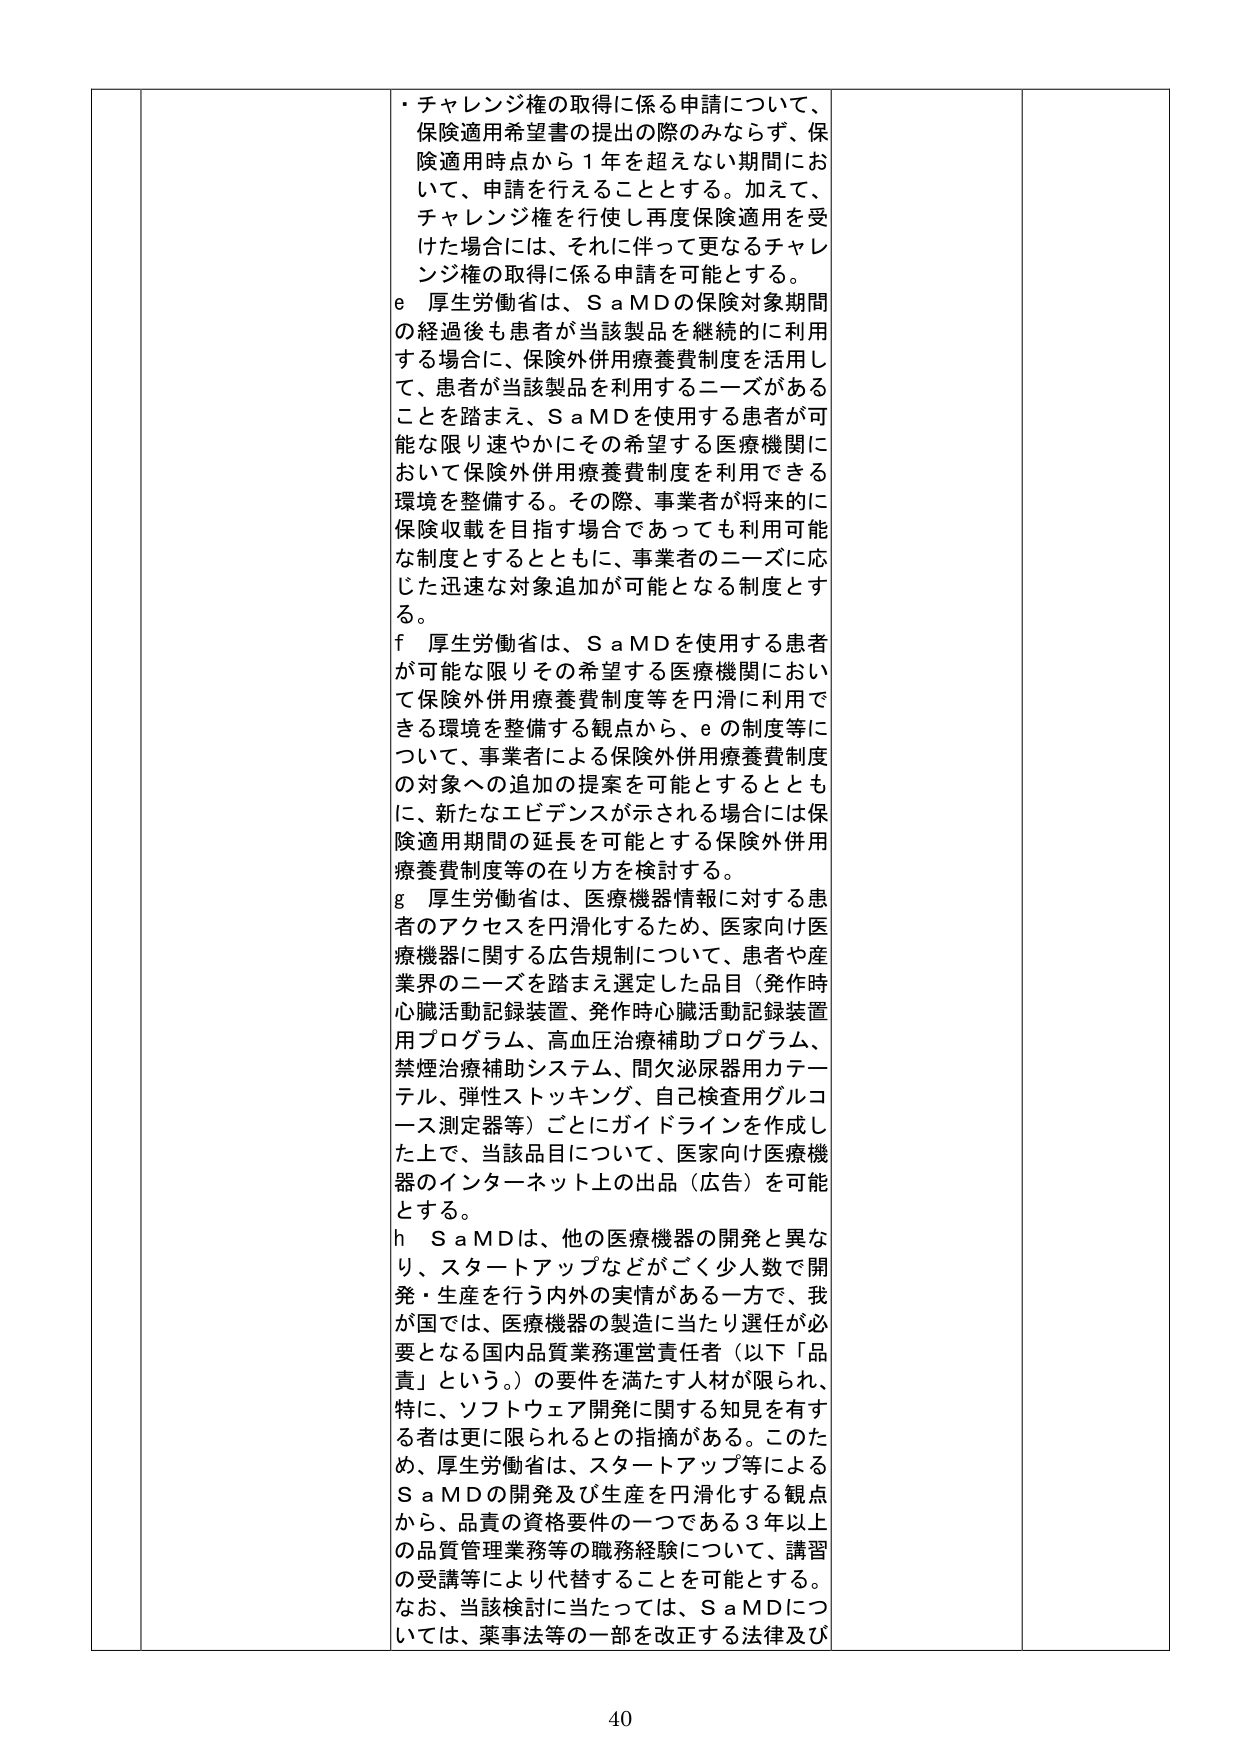
・チャレンジ権の取得に係る申請について、
保険適用希望書の提出の際のみならず、保険適用時点から１年を超えない期間において、申請を行えることとする。加えて、チャレンジ権を行使し再度保険適用を受けた場合には、それに伴って更なるチャレンジ権の取得に係る申請を可能とする。

e 厚生労働省は、ＳａＭＤの保険対象期間の経過後も患者が当該製品を継続的に利用する場合に、保険外併用療養費制度を活用して、患者が当該製品を利用するニーズがあることを踏まえ、ＳａＭＤを使用する患者が可能な限り速やかにその希望する医療機関において保険外併用療養費制度を利用できる環境を整備する。その際、事業者が将来的に保険収載を目指す場合であっても利用可能な制度とするとともに、事業者のニーズに応じた迅速な対象追加が可能となる制度とする。

f 厚生労働省は、ＳａＭＤを使用する患者が可能な限りその希望する医療機関において保険外併用療養費制度等を円滑に利用できる環境を整備する観点から、ｅの制度等について、事業者による保険外併用療養費制度の対象への追加の提案を可能とするとともに、新たなエビデンスが示される場合には保険適用期間の延長を可能とする保険外併用療養費制度等の在り方を検討する。

g 厚生労働省は、医療機器情報に対する患者のアクセスを円滑化するため、医家向け医療機器に関する広告規制について、患者や産業界のニーズを踏まえ選定した品目（発作時心臓活動記録装置、発作時心臓活動記録装置用プログラム、高血圧治療補助プログラム、禁煙治療補助システム、間欠泌尿器用カテーテル、弾性ストッキング、自己検査用グルコース測定器等）ごとにガイドラインを作成した上で、当該品目について、医家向け医療機器のインターネット上の出品（広告）を可能とする。

h ＳａＭＤは、他の医療機器の開発と異なり、スタートアップなどがごく少人数で開発・生産を行う内外の実情がある一方で、我が国では、医療機器の製造に当たり選任が必要となる国内品質業務運営責任者（以下「品責」という。）の要件を満たす人材が限られ、特に、ソフトウェア開発に関する知見を有する者は更に限られるとの指摘がある。このため、厚生労働省は、スタートアップ等によるＳａＭＤの開発及び生産を円滑化する観点から、品責の資格要件の一つである３年以上の品質管理業務等の職務経験について、講習の受講等により代替することを可能とする。なお、当該検討に当たっては、ＳａＭＤについては、薬事法等の一部を改正する法律及び

40